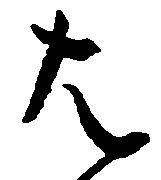
は